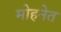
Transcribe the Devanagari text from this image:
मोहनेत